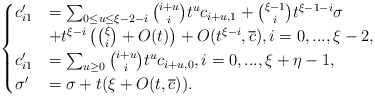
\begin{align*}\begin{cases}c'_{i1}&=\sum_{0\le u\le \xi-2-i}\binom{i+u}{i}t^uc_{i+u,1}+\binom{\xi-1}{i}t^{\xi-1-i}\sigma\\&+t^{\xi-i}\left(\binom{\xi}{i}+O(t)\right)+O(t^{\xi-i},\overline c),i=0,...,\xi-2,\\c'_{i1}&=\sum_{u\ge0}\binom{i+u}{i}t^uc_{i+u,0},i=0,...,\xi+\eta-1,\\\sigma'&=\sigma+t(\xi+O(t,\overline c)).\end{cases}\end{align*}